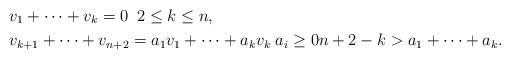
LaTeX: \begin{align*}&v_1+\cdots+v_k=0 \; \; 2 \leq k \leq n, \\&v_{k+1}+\cdots + v_{n+2} = a_1v_1+\cdots+a_kv_k \; a_i \geq 0 n+2-k > a_1+\cdots+a_k. \end{align*}